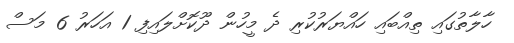
ހާލާތުގައި ތިއްބައި ހައްޔަރުކުރި ދެ މީހުން ދޫކޮށްލައިފި 1 އަހަރު 6 މަސް